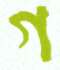
গ